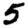
Digit: 5